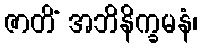
ဇာတိံ အဘိနိက္ခမနံ၊